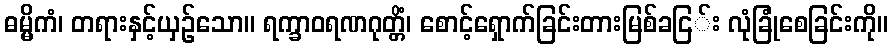
ဓမ္မိကံ၊ တရားနှင့်ယှဉ်သော။ ရက္ခာဝရဏဂုတ္တိံ၊ စောင့်ရှောက်ခြင်းတားမြစ်ခငြ်း လုံခြုံစေခြင်းကို။